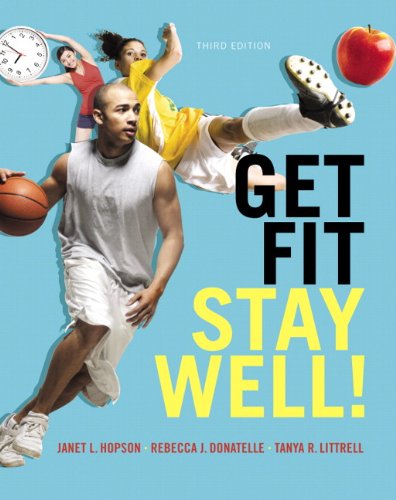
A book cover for Get Fit, Stay Well! (3rd Edition); Janet L. Hopson; Religion & Spirituality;